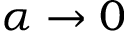
\alpha \rightarrow 0